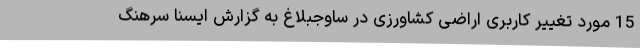
15 مورد تغییر کاربری اراضی کشاورزی در ساوجبلاغ به گزارش ایسنا سرهنگ